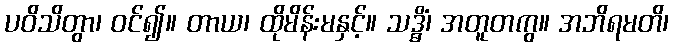
ပဝိသိတွာ၊ ဝင်၍။ တာယ၊ ထိုမိန်းမနှင့်။ သဒ္ဓိံ၊ အတူတကွ။ အဘိရမတိ၊